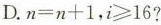
D.$$n = n + 1$$，$$i ≥ 1 6$$？